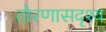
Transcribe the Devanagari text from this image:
तोरणासदृश्य